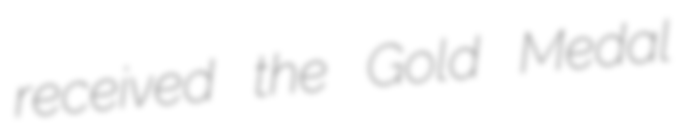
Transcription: received the Gold Medal